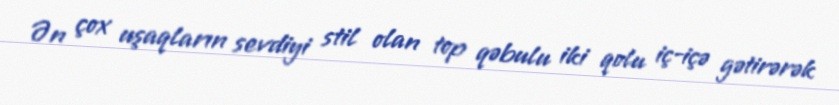
Ən çox uşaqların sevdiyi stil olan top qəbulu iki qolu iç-içə gətirərək